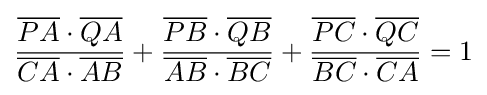
{\frac {{\overline {PA}}\cdot {\overline {QA}}}{{\overline {CA}}\cdot {\overline {AB}}}}+{\frac {{\overline {PB}}\cdot {\overline {QB}}}{{\overline {AB}}\cdot {\overline {BC}}}}+{\frac {{\overline {PC}}\cdot {\overline {QC}}}{{\overline {BC}}\cdot {\overline {CA}}}}=1